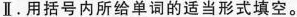
Ⅱ.用括号内所给单词的适当形式填空.